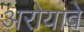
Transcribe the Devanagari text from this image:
अरोयावे